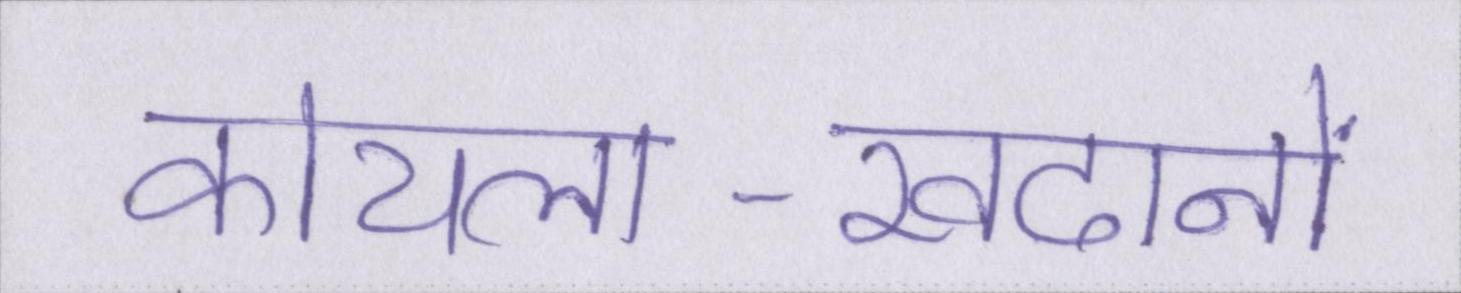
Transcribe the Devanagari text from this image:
कोयला-खदानों